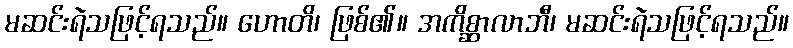
မဆင်းရဲသဖြင့်ရသည်။ ဟောတိ၊ ဖြစ်၏။ အကိစ္ဆာလာဘီ၊ မဆင်းရဲသဖြင့်ရသည်။